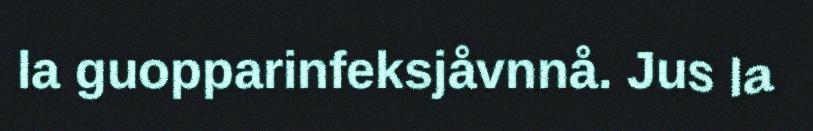
la guopparinfeksjåvnnå. Jus la